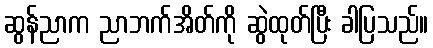
ဆွန်ညာက ညာဘက်အိတ်ကို ဆွဲထုတ်ပြီး ခါပြသည်။